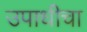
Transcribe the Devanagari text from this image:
उपाधीचा